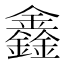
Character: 鑫